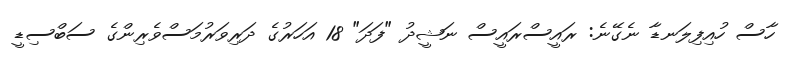
ހާސް ހުއިފިލަނޑާ ނެގޭނެ: ރައީސްރައީސް ނަޝީދު "ފަދަ" 18 އަހަރުގެ ދަރިވަރުމަސްވެރިންގެ ސަބްސިޑީ